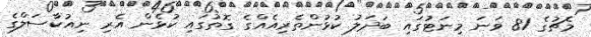
މެޗުގެ 81 ވަނަ މިނަޓުގައި ބަދަލު ކުޅުންތެރިއެއްގެ ގޮތުގައި ކުޅެން އެރި ނިއުކާސަލްގެ